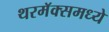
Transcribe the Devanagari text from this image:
थरमॅक्समध्ये